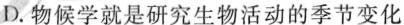
D.物候学就是研究生物活动的季节变化